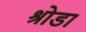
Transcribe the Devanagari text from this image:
श्रोडा